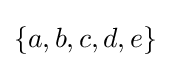
\{a,b,c,d,e\}